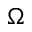
\Omega